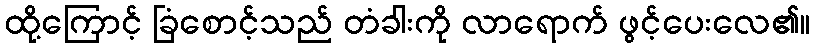
ထို့ကြောင့် ခြံစောင့်သည် တံခါးကို လာရောက် ဖွင့်ပေးလေ၏။